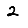
Digit: 2